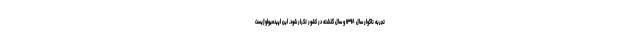
تجربه ناگوار سال ۱۳۹۸ و سال گذشته در کشور تکرار شود. این اپیدمیولوژیست